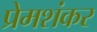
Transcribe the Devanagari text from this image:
प्रेमशंकर